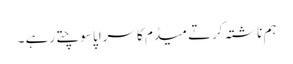
ہم ناشتہ کرتے میڈم کا سراپا سوچتے رہے ۔